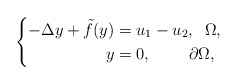
\begin{align*}\left \{\begin{aligned}-\Delta y + \tilde{f}( y)&=u_{1}-u_{2}, \;\; \Omega,\\y&=0, \;\quad\quad\partial \Omega,\end{aligned}\right. \end{align*}